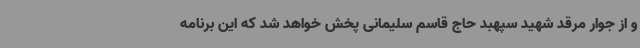
و از جوار مرقد شهید سپهبد حاج قاسم سلیمانی پخش خواهد شد که این برنامه